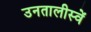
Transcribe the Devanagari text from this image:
उनतालीस्वें